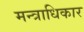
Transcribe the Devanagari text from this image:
मन्त्राधिकार